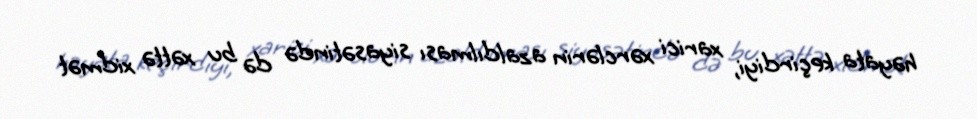
həyata keçirdiyi, xarici xərclərin azaldılması siyasətində də bu xəttə xidmət